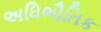
અધિભૌતિક